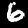
Digit: 6